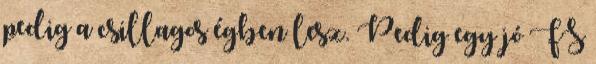
pedig a csillagos égben lesz. Pedig egy jó FS